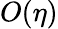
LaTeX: O(\eta)